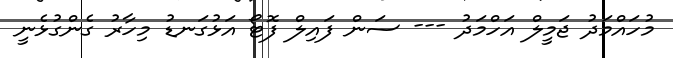
މުހައްމަދު ޖަމީލް އަހްމަދު --- ސަން ފައިލް ފޮޓޯ އަޅުގަނޑު މިހާރު ގެންގުޅެނީ